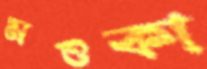
মওকা